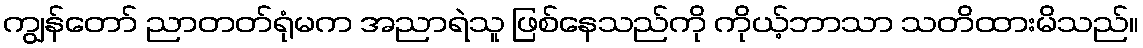
ကျွန်တော် ညာတတ်ရုံမက အညာရဲသူ ဖြစ်နေသည်ကို ကိုယ့်ဘာသာ သတိထားမိသည်။